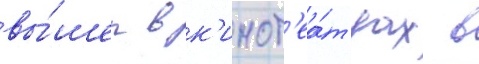
вы́шел в к'инот'еа́трах в